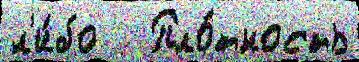
л'и́бо   Пло́тность